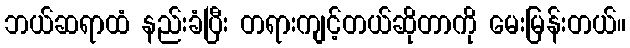
ဘယ်ဆရာထံ နည်းခံပြီး တရားကျင့်တယ်ဆိုတာကို မေးမြန်းတယ်။